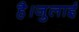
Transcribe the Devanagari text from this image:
है।जुलाई